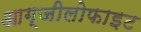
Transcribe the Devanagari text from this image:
आग्जीलोफाइट